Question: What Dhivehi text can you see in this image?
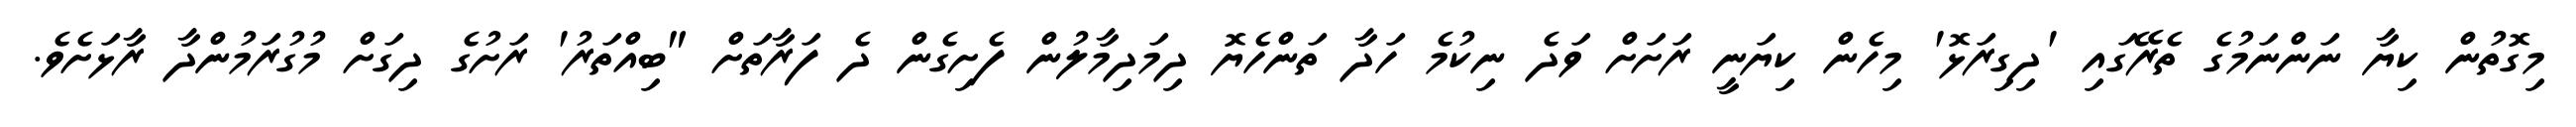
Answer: މިގޮތުން ކިޔާ ނަންނަމުގެ ތެރޭގައި 'ދިގިރަޅޮ' މިހެން ކިޔަނީ ރަށަށް ވަދެ ނިކުމެ ހަދާ ތަންހެޔޮ ދިމަދިމާލުން ފެށިގެން ދެ ފަރާތަށް "ބިއްތަރު' ރަށުގެ ދިގަށް މުގުރަމުންދާ ރާޅަށެވެ.